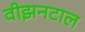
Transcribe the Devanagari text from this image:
वीझनटाल